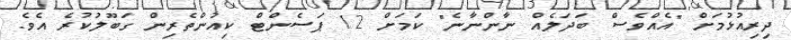
ދިރިއުޅުމަށް "އެއްވެސް ބަދަލެއް ނާންނާނެ" ކަމަށް 12 ޕަސެންޓް ކިއުންތެރިން ގަބޫލުކުރެ އެވެ.